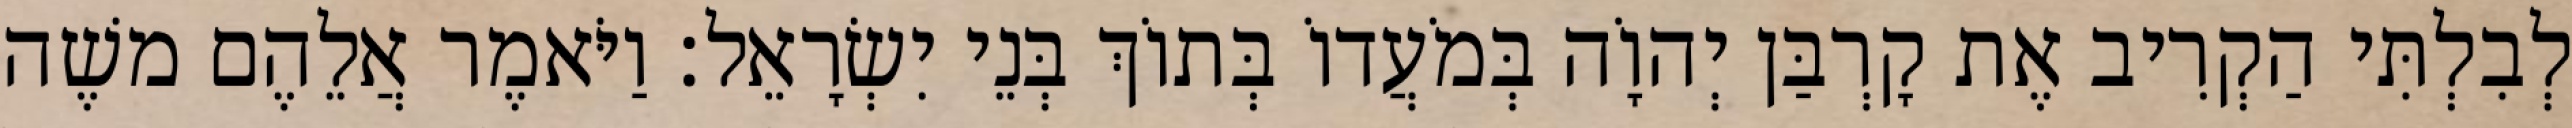
לְבִלְתִּי הַקְרִיב אֶת קָרְבַּן יְהוָֹה בְּמֹעֲדוֹ בְּתוֹךְ בְּנֵי יִשְׂרָאֵל׃ וַיֹּאמֶר אֲלֵהֶם משֶׁה